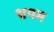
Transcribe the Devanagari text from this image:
धपम